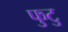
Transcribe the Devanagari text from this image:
फुटु